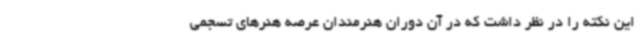
این نکته را در نظر داشت که در آن دوران هنرمندان عرصه هنرهای تسجمی